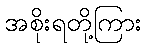
အစိုးရတို့ကြား